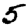
Digit: 5